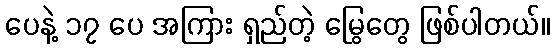
ပေနဲ့ ၁၇ ပေ အကြား ရှည်တဲ့ မြွေတွေ ဖြစ်ပါတယ်။